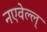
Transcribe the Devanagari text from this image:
नएवेल्ल्